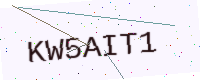
Text: KW5AIT1